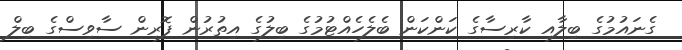
ގެނައުމުގެ ބިލާއި ކާރިސާގެ ކަންކަން ބެލެހެއްޓުމުގެ ބިލުގެ އިތުރުން ފޮރިން ސާވިސްގެ ބިލް